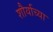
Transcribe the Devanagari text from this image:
शौर्याच्या